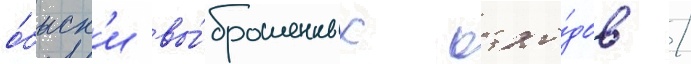
о́быск'и вы́брошенных отхо́дов /